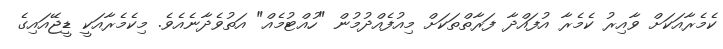
ކެމެރާއަކަށް ވާއިރު ކެމެރާ އުފައްދާ ފަރާތްތަކަށް މިއުފެއްދުމުން "ހުއްޓުމެއް" އަތުވެދާނެއެވެ. މިކެމެރާއަކީ ޑީޖޭއައިގެ